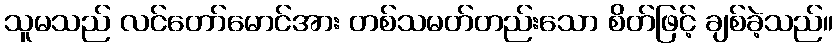
သူမသည် လင်တော်မောင်အား တစ်သမတ်တည်းသော စိတ်ဖြင့် ချစ်ခဲ့သည်။